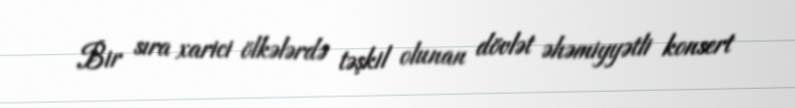
Bir sıra xarici ölkələrdə təşkil olunan dövlət əhəmiyyətli konsert